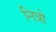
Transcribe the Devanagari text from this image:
नित्रो